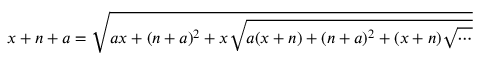
x + n + a = { \sqrt { a x + ( n + a ) ^ { 2 } + x { \sqrt { a ( x + n ) + ( n + a ) ^ { 2 } + ( x + n ) { \sqrt { \cdots } } } } } }